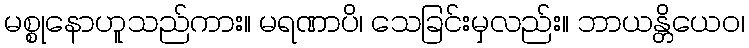
မစ္စုနောဟူသည်ကား။ မရဏာပိ၊ သေခြင်းမှလည်း။ ဘာယန္တိယေဝ၊